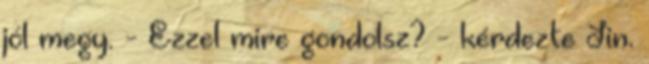
jól megy. - Ezzel mire gondolsz? - kérdezte Jin.